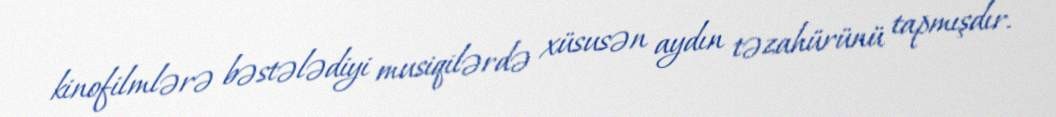
kinofilmlərə bəstələdiyi musiqilərdə xüsusən aydın təzahürünü tapmışdır.